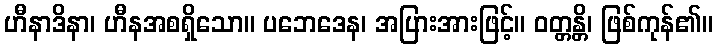
ဟီနာဒိနာ၊ ဟီနအစရှိသော။ ပဘေဒေန၊ အပြားအားဖြင့်။ ဝတ္တန္တိ၊ ဖြစ်ကုန်၏။